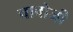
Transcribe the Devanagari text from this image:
चावोजी